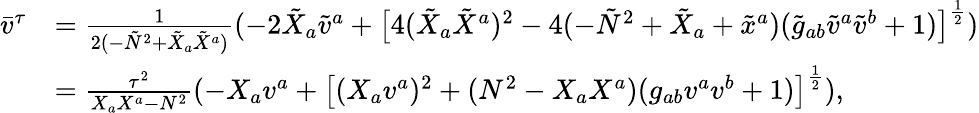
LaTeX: \begin{array}{rl}{\bar{v}^{\tau}}&{=\frac{1}{2(-\tilde{N}^{2}+\tilde{X}_{a}\tilde{X}^{a})}(-2\tilde{X}_{a}\tilde{v}^{a}+\big[4(\tilde{X}_{a}\tilde{X}^{a})^{2}-4(-\tilde{N}^{2}+\tilde{X}_{a}+\tilde{x}^{a})(\tilde{g}_{ab}\tilde{v}^{a}\tilde{v}^{b}+1)\big]^{\frac{1}{2}})}\\ &{=\frac{\tau^{2}}{X_{a}X^{a}-N^{2}}(-X_{a}v^{a}+\big[(X_{a}v^{a})^{2}+(N^{2}-X_{a}X^{a})(g_{ab}v^{a}v^{b}+1)\big]^{\frac{1}{2}}),}\end{array}